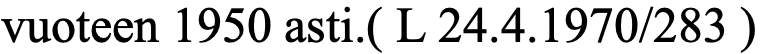
vuoteen 1950 asti.( L 24.4.1970/283 )